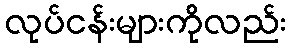
လုပ်ငန်းများကိုလည်း